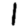
Digit: 1